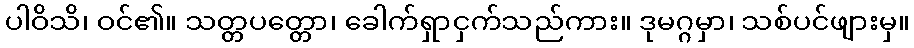
ပါဝိသိ၊ ဝင်၏။ သတ္တပတ္တော၊ ခေါက်ရှာငှက်သည်ကား။ ဒုမဂ္ဂမှာ၊ သစ်ပင်ဖျားမှ။